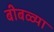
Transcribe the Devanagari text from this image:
बीबळ्या